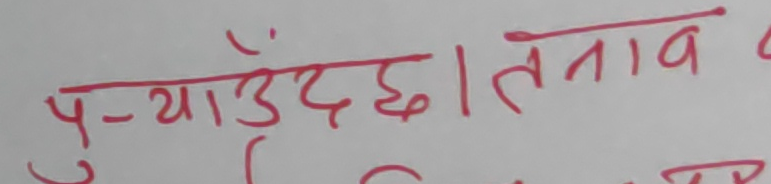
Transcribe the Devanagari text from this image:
पुऱ्याउँदछ । तनाव